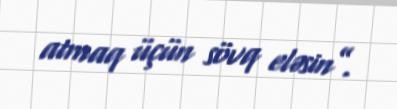
atmaq üçün sövq eləsin”.